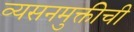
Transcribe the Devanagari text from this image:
व्यसनमुक्तीची